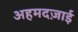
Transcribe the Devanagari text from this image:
अहमदज़ाई